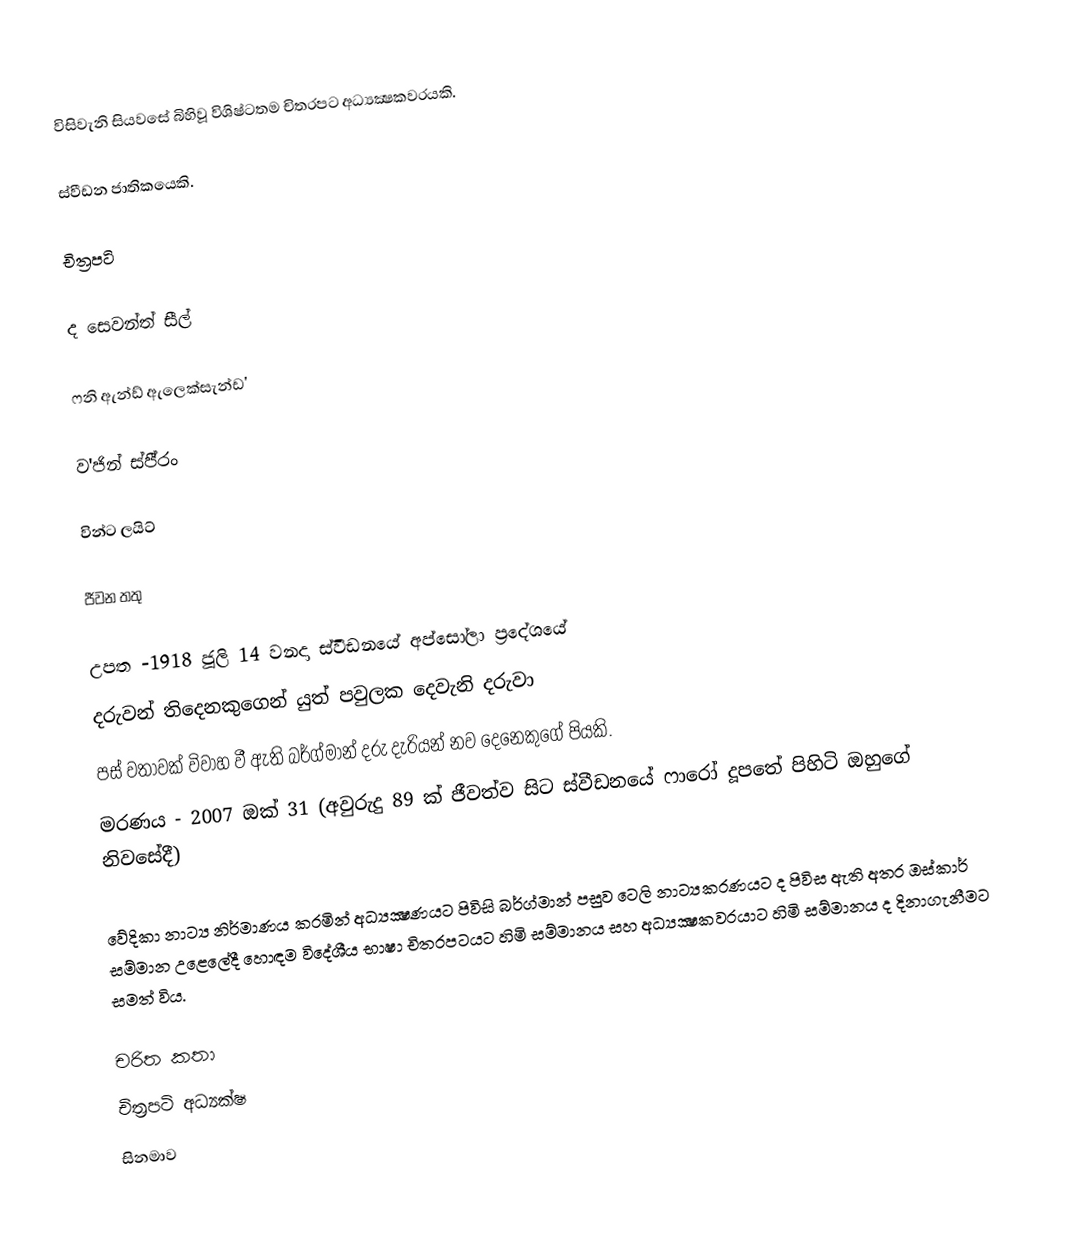
විසිවැනි සියවසේ බිහිවූ විශිෂ්ටතම චිත‍්‍රපට අධ්‍යක්‍ෂකවරයකි.

ස්වීඩන ජාතිකයෙකි.

චිත්‍රපටි

ද සෙවන්ත් සීල්

ෆනි ඇන්ඩ් ඇලෙක්සැන්ඩ'

ව'ජින් ස්පී‍්‍රං

වින්ට ලයිට්

ජීවන තතු

උපත -1918 ජූලි 14 වනදා ස්වීඩනයේ අප්සෝලා ප‍්‍රදේශයේ
 දරුවන් තිදෙනකුගෙන් යුත් පවුලක දෙවැනි දරුවා
පස් වතාවක් විවාහ වී ඇති බර්ග්මාන් දරු දැරියන් නව දෙනෙකුගේ පියකි.
 මරණය - 2007 ඔක් 31 (අවුරුදු 89 ක් ජීවත්ව සිට ස්වීඩනයේ ෆාරෝ දූපතේ පිහිටි ඔහුගේ නිවසේදී)

වේදිකා නාට්‍ය නිර්මාණය කරමින් අධ්‍යක්‍ෂණයට පිවිසි බර්ග්මාන් පසුව ටෙලි නාට්‍යකරණයට ද පිවිස ඇති අතර ඔස්කාර් සම්මාන උළෙලේදී හොඳම විදේශීය භාෂා චිත‍්‍රපටයට හිමි සම්මානය සහ අධ්‍යක්‍ෂකවරයාට හිමි සම්මානය ද දිනාගැනීමට සමත් විය.

චරිත කතා
චිත්‍රපටි අධ්‍යක්ෂ
සිනමාව